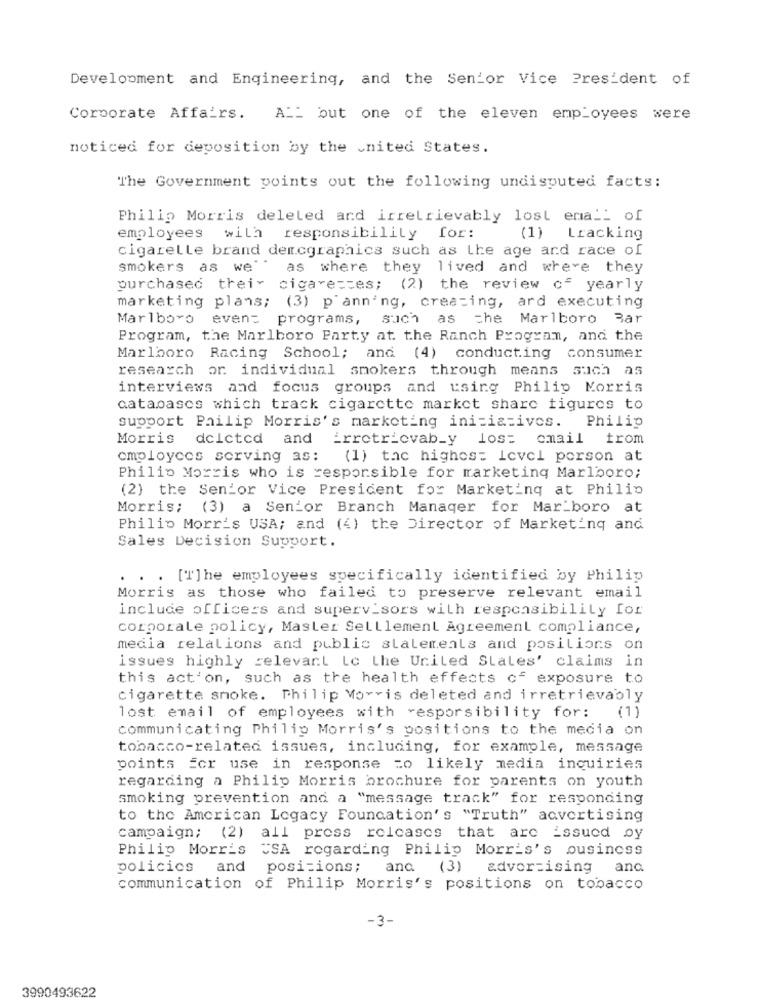
Development and Engineering, and the Senior Vice President of
Corporate Affairs. ALL but one of the eleven employees were
noticed for deposition by the united States.
The Government points out the following undisputed facts:
Philip Morris deleled ard irretrievably lost emall of
employees with responsibility for:
(1) Lracking
cigarelle brand demcgraphics such as the age and race of
smokers as we" .
as where they lived and where they
purchased their cigarettes; (2) the review of yearly
marketing plans; (3) p ann'ng, creating, ard executing
Marlboro event programs,
such as the Marlboro Bar
Program, the Marlboro Party at the Ranch Program, and the
Marlboro Racing School; and (4) conducting consumer
research or individual smokers through means such as
interviews and focus groups and using Philip Morris
catabases which track cigarette market share figures to
support Philip Morris's marketing initiatives. Philip
Morris
dclcted and irretrievab_y los= cmail from
employees serving as: (1) the highest level person at
Philip Morris who is responsible for marketing Marlboro;
(2) the Senior Vice President for Marketing at Philip
Morris; (3) a Senior Branch Manager for Mar boro at
Philip Morris USA; and (4) the Director of Marketing and
Sales Decision Support.
.. [T]he employees specifically identified by Philip
Morris as those who failed to preserve relevant email
include officers and supervisors with responsibility for
corporale policy, Master Selllement Agreement compliance,
media relations and public statements and positions on
issues highly relevant Lc the United States' claims in
this act'on, such as the health effects of exposure to
cigarette smoke. Philip Morris deleted and irretrievably
lost email of employees with -esporsibility for: (1)
communicating Philip Morris's positions to the media on
tobacco-related issues, including, for example, message
points for use in response =o likely media inquiries
regarding a Philip Morris brochure for parents on youth
smoking prevention and a "message track" for responding
to the American Legacy Foundation's "Truth" advertising
campaign; (2) all press releases that are issued by
Philip Morris CSA regarding Philip Morris's business
policies
and
positions;
ana (3)
advertising
ana
communication of Philip Morris's positions on tobacco
-3-
3990493622